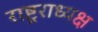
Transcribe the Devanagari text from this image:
राष्ट्रराध्यक्ष